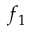
f _ { 1 }